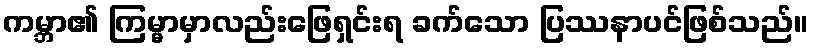
ကမ္ဘာ၏ ကြမ္မာမှာလည်းဖြေရှင်းရ ခက်သော ပြဿနာပင်ဖြစ်သည်။